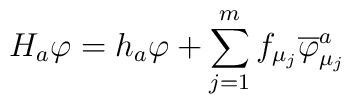
H_a \varphi = h_a \varphi + \sum^m_{j = 1} f_{\mu_j}\overline{\varphi}^a_{\mu_j}